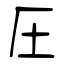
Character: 圧